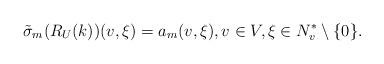
LaTeX: \begin{align*}\tilde \sigma_m(R_U(k))(v,\xi)=a_m(v,\xi), v\in V,\xi\in N^*_v\setminus \{0\}.\end{align*}